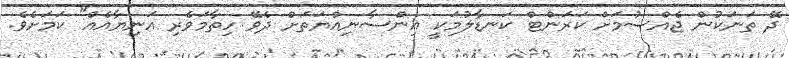
ދޭ ތަނަކުން ޖެއްސުމަށް ކަރަންޓް ކަނޑާލުމަކީ އިންސާނިއްޔަތަށް ދެވޭ ހިތާމަވެރި އަނިޔާއެއް" ކަމަށެވެ.